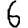
Digit: 6